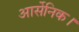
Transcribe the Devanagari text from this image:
आर्सेनिक।